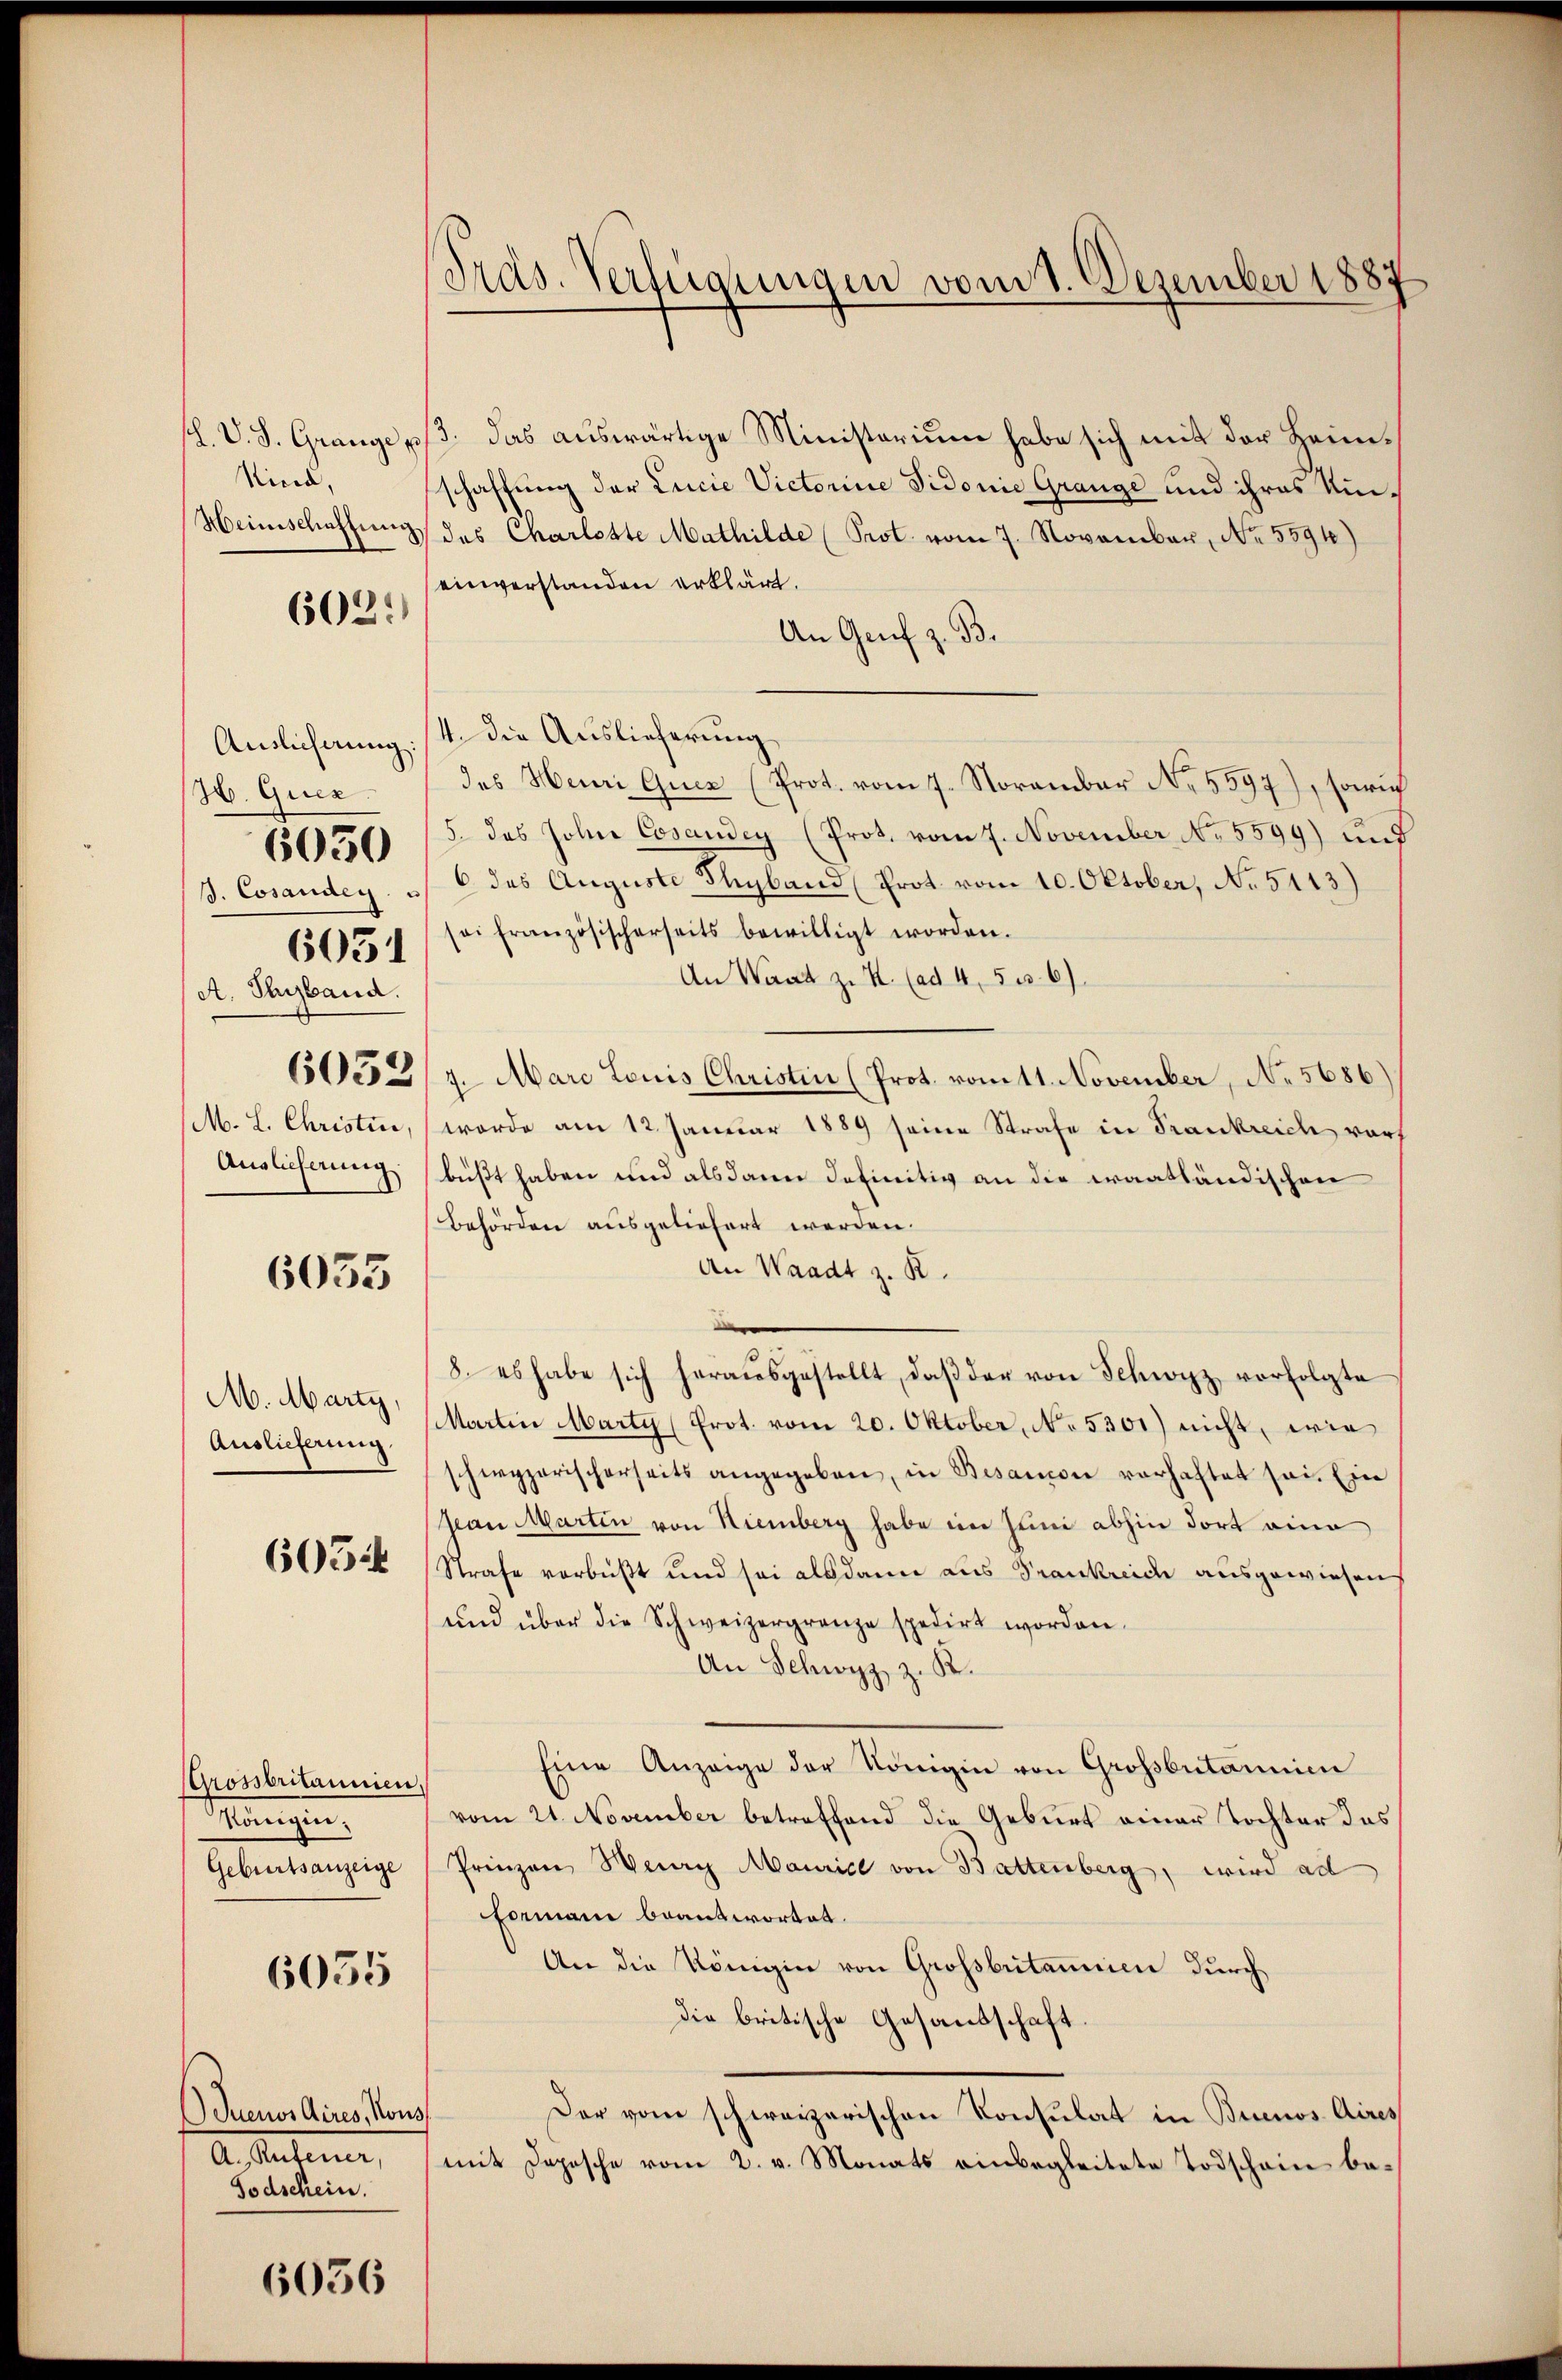
1. V. S. Grange p
Nicid,
Heinischaftung

602.

Auslicherung:
H. Quer
3. Cosaudey.
6051
A. Turband.
6032
M. L. Christin,
Auslicherung.

6050

6033

M. Marty,
Auslieferung

605:

Grossbritannien
Einigung
Geburtsanzeige

6055

Juenos Aires, Kons
A. Rufener,
Todschein.

6056

Präs. Verfügungen vom 1. Dezember 1887

/3. das auswärtige Ministerium habe sich mit der Heimschaffung der Lucie Victoriue Vidonie Grange und ihres Umdes Charlotte Mathilde (Prot. vom 7. November, No. 5594)
einverstanden erklärt.
An Genf z. B.
/4. die Auslieferung
des Henri Quer (Prot. vom 7. November N. 5597), sowie
5. das Johne Cosaudey (Prot. vom 7. November No. 5599) und
6 des Auguste Stegband (Prot. vom 10. Oktober, No 5113)
sei französischerseits bewilligt worden.
An Waadt z. K. (ad 4, 5 c. 6).
7. Marc Louis Christin (Prot. vom 11. November, No 5686)
worde am 12. Januar 1889 seine Strafe in Frankreich vor
büßt haben und alsdann definitiv an die Fraatländischen
Behörden ausgeliefert werden.
An Waadt z. B.
8. es habe sich heraŭsgestellt, daβ der von Schwyz vorfolgte
Martin Marty (Prot. vom 20. Oktober, No. 5301) nicht, wie
schwyzerischerseits angegeben, in Besanon vorhaftet sei. Ein
Jean Martin von Niemberg habe im Juni abhin dort eine
Strafe verbüßt und sei alsdann aus Trankreich ausgewiesen
und über die Schweizergrenze spedirt worden.
An Schwyz z. B.
Eine Anzeige der Königin von Grossbutarien
vom 21. November betreffend die Geburt einer Tochter das
Prinzen Herr Maurice von Battenberg, wird ad
Formani beantwortet.
An die Königin von Grossbritannien durch
die britische Gesandschaft
Der vom schweizerischen Konsulat in Buenos Aires
mit Depesche vom 2. v. Monats einbegleitete Todschein be¬